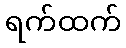
ရက်ထက်